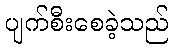
ပျက်စီးစေခဲ့သည်